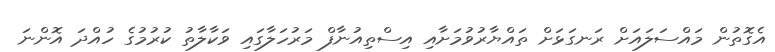
އެގޮތުން މައްސަލައަށް ރަނގަޅަށް ތައްޔާރުވުމަށާއި އިސްތިއުނާފް މަރުހަލާގައި ވަކާލާތު ކުރުމުގެ ހުއްދަ އޮންނަ